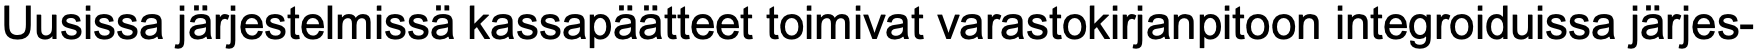
Uusissa järjestelmissä kassapäätteet toimivat varastokirjanpitoon integroiduissa järjes-